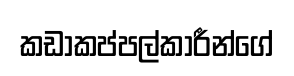
කඩාකප්පල්කාරීන්ගේ